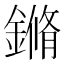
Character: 鏅